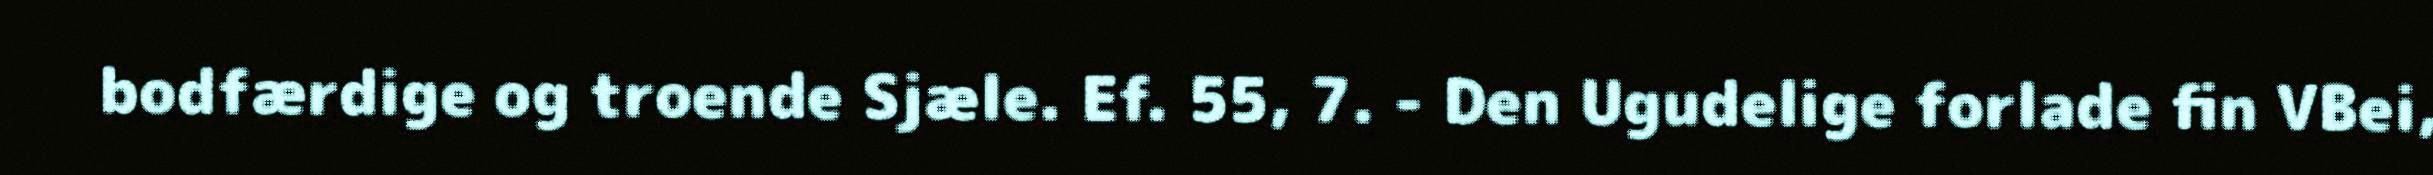
bodfærdige og troende Sjæle. Ef. 55, 7. - Den Ugudelige forlade fin VBei,